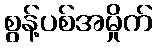
စွန့်ပစ်အမှိုက်